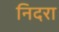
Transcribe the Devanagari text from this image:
निदरा